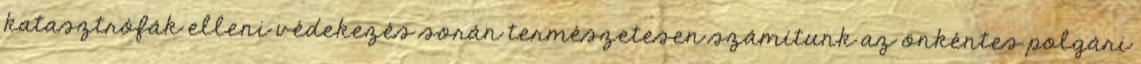
katasztrófák elleni védekezés során természetesen számítunk az önkéntes polgári